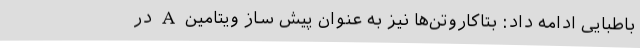
باطبایی ادامه داد: بتاکاروتن‌ها نیز به عنوان پیش ساز ویتامین A در